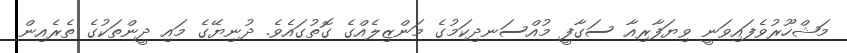
މަޝްހޫރުވެފައިވަނީ ވިޔަފާރިއާ ސަގާފީ މުއްސަނދިކަމުގެ މަންޒިލެއްގެ ގޮތުގައެވެ. ދުނިޔޭގެ މައި ދީންތަކުގެ ތެރެއިން